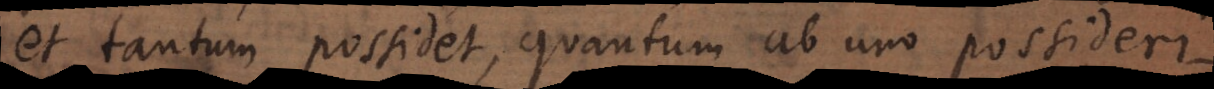
et tantum possidet, quantum ab uno possideri